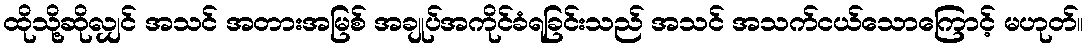
ထိုသို့ဆိုလျှင် အသင် အတားအမြစ် အချုပ်အကိုင်ခံရခြင်းသည် အသင် အသက်ငယ်သောကြောင့် မဟုတ်။